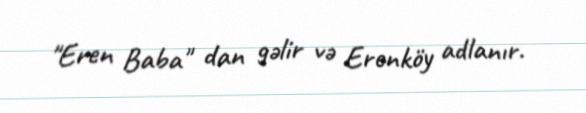
"Eren Baba" dan gəlir və Erenköy adlanır.